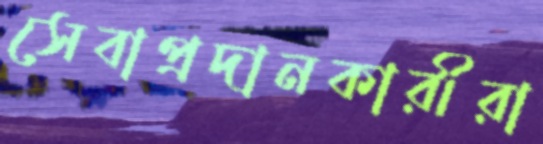
সেবাপ্রদানকারীরা